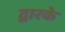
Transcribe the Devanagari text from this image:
द्वारके